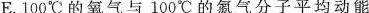
E.100℃的氧气与100℃的氮气分子平均动能